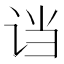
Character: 𬣭